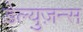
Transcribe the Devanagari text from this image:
डेल्युज़न्स